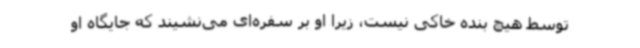
توسط هیچ بنده خاکی نیست، زیرا او بر سفره‌ای می‌نشیند که جایگاه او